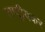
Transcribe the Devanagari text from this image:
राष्ट्रीयकर